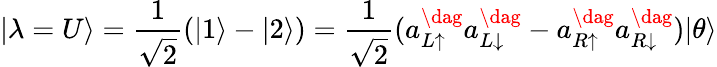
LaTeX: |\lambda=U\rangle=\frac{1}{\sqrt{2}}(|1\rangle-|2\rangle)=\frac{1}{\sqrt{2}}(a_{L\uparrow}^{\dag}a_{L\downarrow}^{\dag}-a_{R\uparrow}^{\dag}a_{R\downarrow}^{\dag})|\theta\rangle